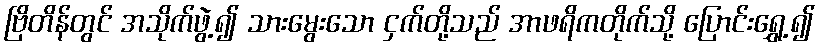
ဗြိတိန်တွင် အသိုက်ဖွဲ့၍ သားမွေးသော ငှက်တို့သည် အာဖရိကတိုက်သို့ ပြောင်းရွှေ့၍